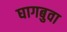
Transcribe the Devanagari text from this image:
घागबुवा